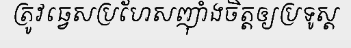
ត្រូវធ្វេសប្រហែសញ៉ាំងចិត្តឲ្យប្រទូស្ត